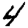
Digit: 4